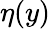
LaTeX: \eta(y)